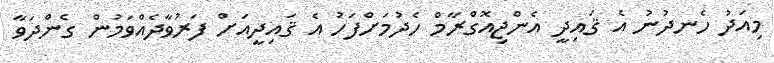
މިއަދު ހެނދުނު އެ ޤައިދީ އެންޖިއޮގްރާމް ހެދުމަށްފަހު އެ ޤައިދީއަށް ފަރުވާދެއްވަމުން ގެންދަވާ